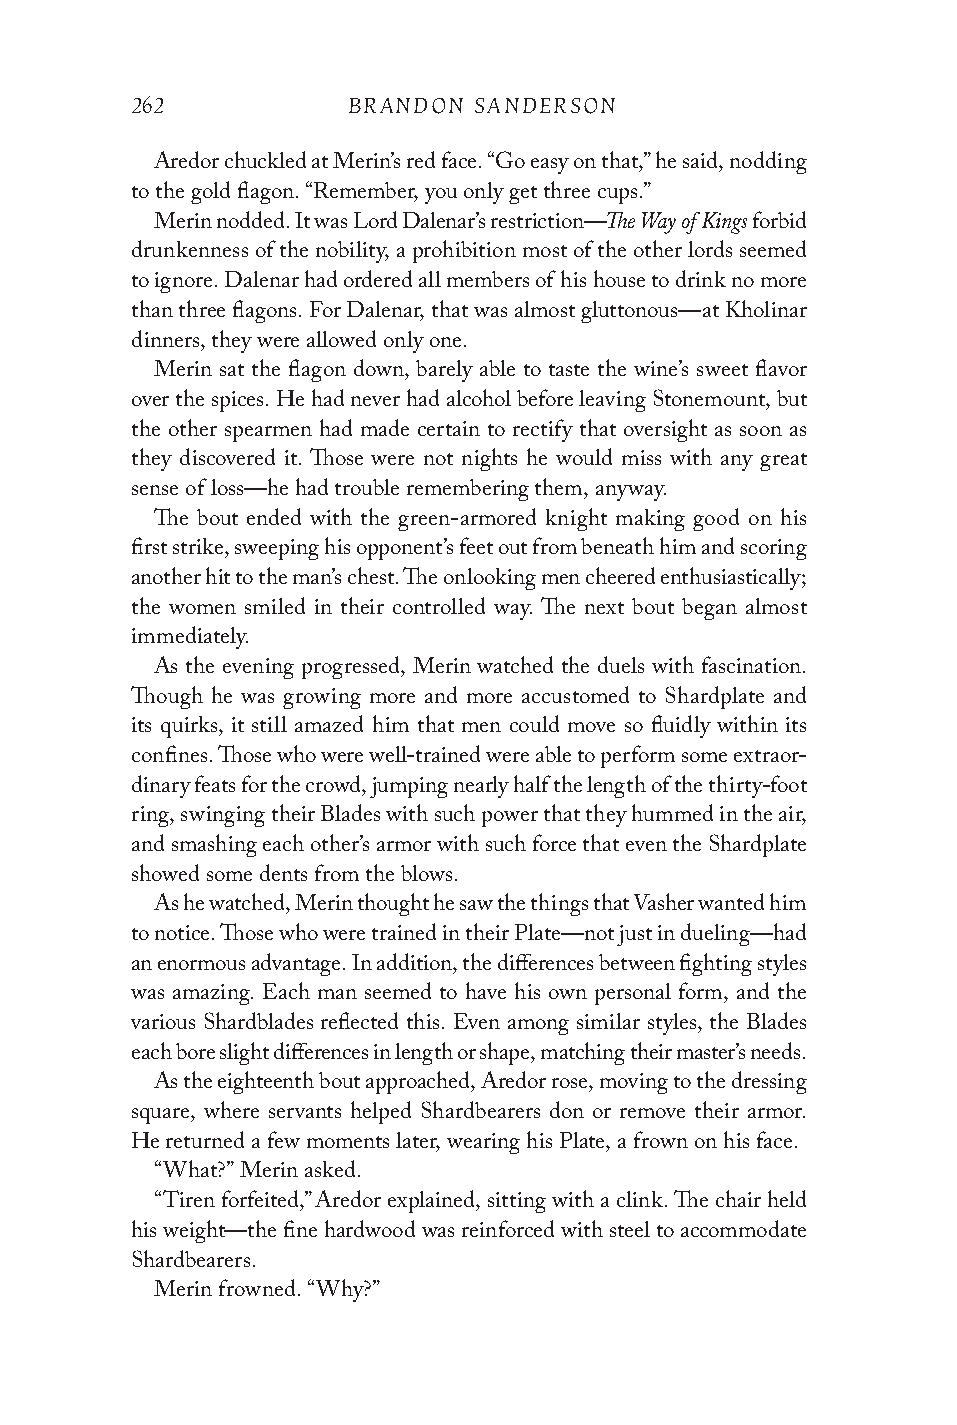
262           BRANDON SANDERSON
 Aredor chuckled at Merin’s red face. “Go easy on that,” he said, nodding
 to the gold flagon. “Remember, you only get three cups.”
 The Way of Kings
 Merin nodded. It was Lord Dalenar’s restriction— forbid
 drunkenness of the nobility, a prohibition most of the other lords seemed
 to ignore. Dalenar had ordered all members of his house to drink no more
 than three flagons. For Dalenar, that was almost gluttonous—at Kholinar
 dinners, they were allowed only one.
 Merin sat the flagon down, barely able to taste the wine’s sweet flavor
 over the spices. He had never had alcohol before leaving Stonemount, but
 the other spearmen had made certain to rectify that oversight as soon as
 they discovered it. Those were not nights he would miss with any great
 sense of loss—he had trouble remembering them, anyway.
 The bout ended with the green-armored knight making good on his
 first strike, sweeping his opponent’s feet out from beneath him and scoring
 another hit to the man’s chest. The onlooking men cheered enthusiastically;
 the women smiled in their controlled way. The next bout began almost
 immediately.
 As the evening progressed, Merin watched the duels with fascination.
 Though he was growing more and more accustomed to Shardplate and
 its quirks, it still amazed him that men could move so fluidly within its
 confines. Those who were well-trained were able to perform some extraor-
 dinary feats for the crowd, jumping nearly half the length of the thirty-foot
 ring, swinging their Blades with such power that they hummed in the air,
 and smashing each other’s armor with such force that even the Shardplate
 showed some dents from the blows.
 As he watched, Merin thought he saw the things that Vasher wanted him
 to notice. Those who were trained in their Plate—not just in dueling—had
 an enormous advantage. In addition, the differences between fighting styles
 was amazing. Each man seemed to have his own personal form, and the
 various Shardblades reflected this. Even among similar styles, the Blades
 each bore slight differences in length or shape, matching their master’s needs.
 As the eighteenth bout approached, Aredor rose, moving to the dressing
 square, where servants helped Shardbearers don or remove their armor.
 He returned a few moments later, wearing his Plate, a frown on his face.
 “What?” Merin asked.
 “Tiren forfeited,” Aredor explained, sitting with a clink. The chair held
 his weight—the fine hardwood was reinforced with steel to accommodate
 Shardbearers.
 Merin frowned. “Why?”